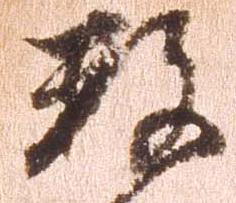
数